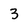
Character: 3